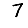
Digit: 7